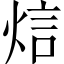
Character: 𤉘